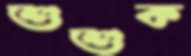
শুশুক